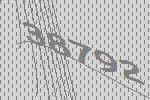
38792